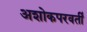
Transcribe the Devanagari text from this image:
अशोकपरवर्ती